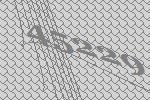
45229